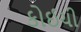
કોઈચી